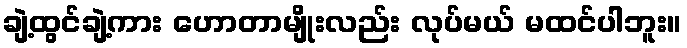
ချဲ့ထွင်ချဲ့ကား ဟောတာမျိုးလည်း လုပ်မယ် မထင်ပါဘူး။